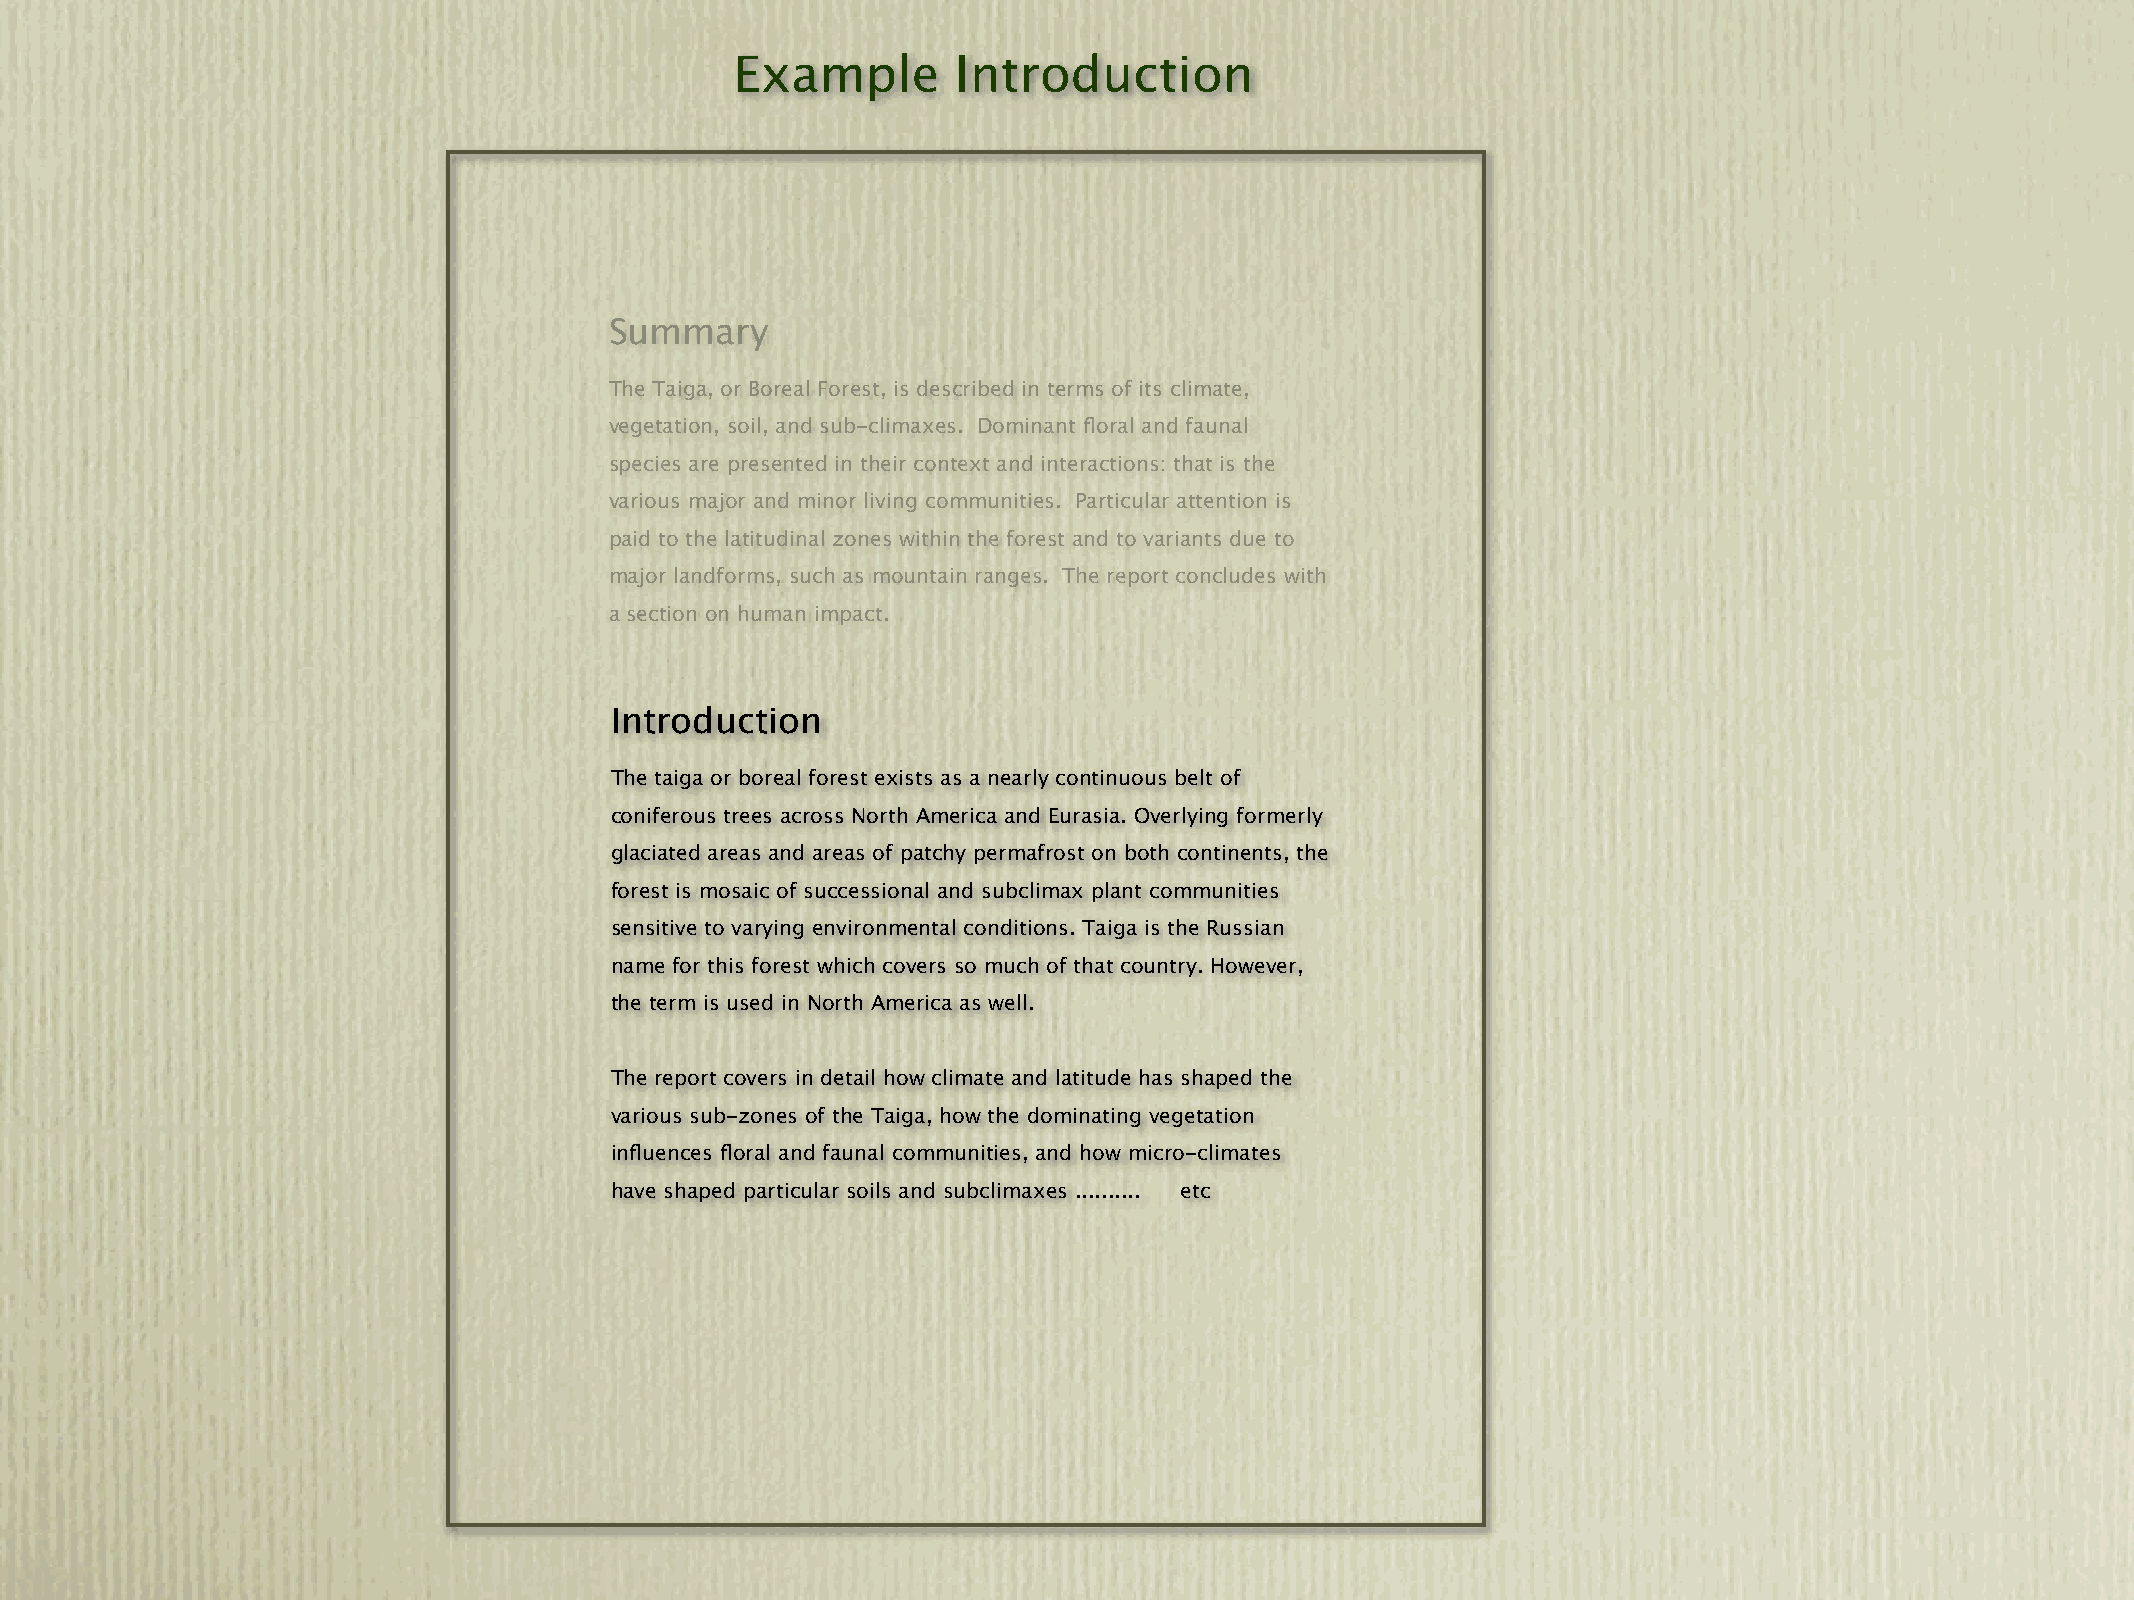
Example       Introduction
 Summary
 The Taiga, or Boreal Forest, is described in terms of its climate,
 vegetation, soil, and sub-climaxes. Dominant floral and faunal
 species are presented in their context and interactions: that is the
 various major and minor living communities. Particular attention is
 paid to the latitudinal zones within the forest and to variants due to
 major landforms, such as mountain ranges. The report concludes with
 a section on human impact.
 Introduction
 The taiga or boreal forest exists as a nearly continuous belt of
 coniferous trees across North America and Eurasia. Overlying formerly
 glaciated areas and areas of patchy permafrost on both continents, the
 forest is mosaic of successional and subclimax plant communities
 sensitive to varying environmental conditions. Taiga is the Russian
 name for this forest which covers so much of that country. However,
 the term is used in North America as well.
 The report covers in detail how climate and latitude has shaped the
 various sub-zones of the Taiga, how the dominating vegetation
 influences floral and faunal communities, and how micro-climates
 have shaped particular soils and subclimaxes .......... etc